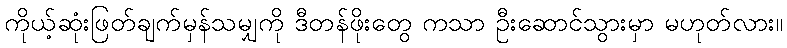
ကိုယ့်ဆုံးဖြတ်ချက်မှန်သမျှကို ဒီတန်ဖိုးတွေ ကသာ ဦးဆောင်သွားမှာ မဟုတ်လား။